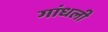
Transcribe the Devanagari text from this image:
गांधली